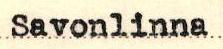
Savonlinna